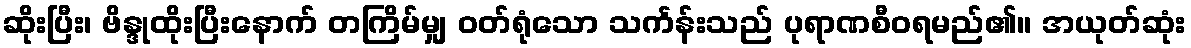
ဆိုးပြီး၊ ဗိန္ဒုထိုးပြီးနောက် တကြိမ်မျှ ဝတ်ရုံသော သင်္ကန်းသည် ပုရာဏစီဝရမည်၏။ အယုတ်ဆုံး